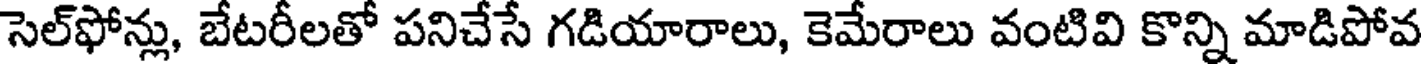
సెల్ఫోన్లు, బేటరీలతో పనిచేసే గడియారాలు, కెమేరాలు వంటివి కొన్ని మాడిపోవ